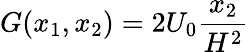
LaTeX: G(x_{1},x_{2})=2U_{0}\frac{x_{2}}{H^{2}}